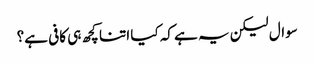
سوال لیکن یہ ہے کہ کیا اتنا کچھ ہی کافی ہے؟